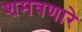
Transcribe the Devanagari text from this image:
शमवणारे